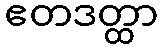
ဧတဒတ္ထာ